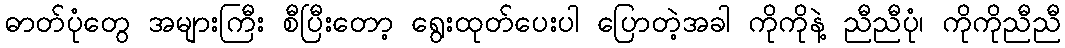
ဓာတ်ပုံတွေ အများကြီး စီပြီးတော့ ရွေးထုတ်ပေးပါ ပြောတဲ့အခါ ကိုကိုနဲ့ ညီညီပုံ၊ ကိုကိုညီညီ